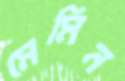
মেমিন